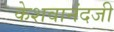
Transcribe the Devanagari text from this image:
केशवानंदजी